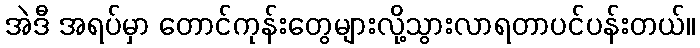
အဲဒီ အရပ်မှာ တောင်ကုန်းတွေများလို့သွားလာရတာပင်ပန်းတယ်။